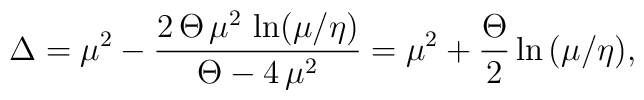
\Delta ={\mu }^2 - \frac{2\,\Theta \,{\mu }^2\,\ln (\mu/\eta)}   {\Theta  - 4\,{\mu }^2}= \mu^2 + \frac{\Theta}{2} \ln{(\mu/\eta)},